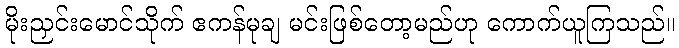
မိုးညှင်းမောင်သိုက် ဧကန်မုချ မင်းဖြစ်တော့မည်ဟု ကောက်ယူကြသည်။